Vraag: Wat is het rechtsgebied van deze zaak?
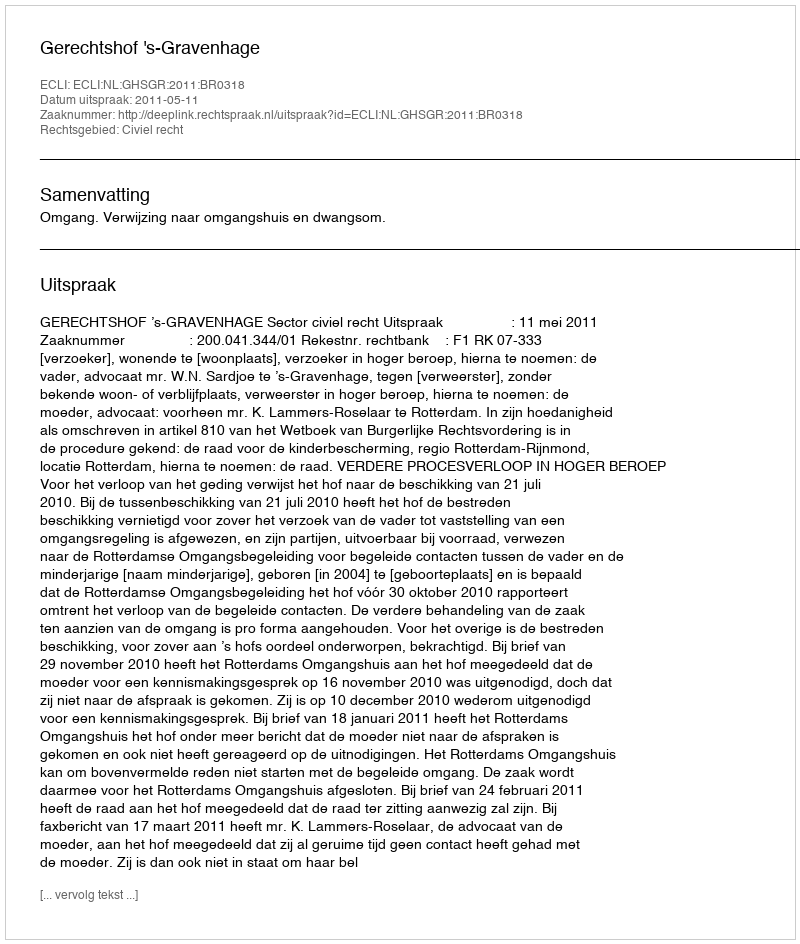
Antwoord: Civiel recht